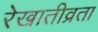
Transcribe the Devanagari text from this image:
रेखातीव्रता